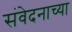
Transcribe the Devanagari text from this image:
संवेदनाच्या